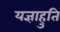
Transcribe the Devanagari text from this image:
यज्ञाहुति